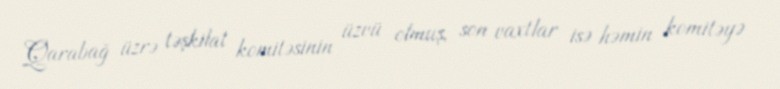
Qarabağ üzrə təşkilat komitəsinin üzvü olmuş, son vaxtlar isə həmin komitəyə